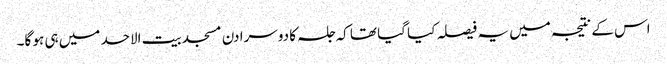
اس کے نتیجہ میں یہ فیصلہ کیا گیا تھا کہ جلسہ کا دوسرا دن مسجد بیت الاحد میں ہی ہو گا۔